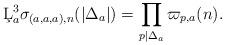
LaTeX: \begin{align*}\c{L}_a^3\sigma_{(a,a,a),n}(|\Delta_a|)=\prod_{p\mid \Delta_a}\varpi_{p,a}(n).\end{align*}